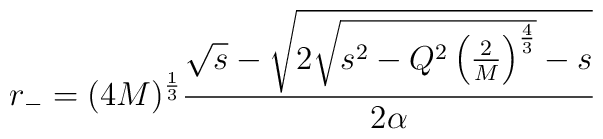
r_- =(4M)^\frac13 \frac{\sqrt{s} - \sqrt{2\sqrt{s^2-  Q^2\left(\frac{2}{M}\right)^\frac43}-s}}{2\alpha}